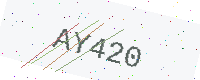
Text: AY420